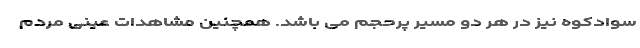
سوادکوه نیز در هر دو مسیر پرحجم می باشد. همچنین مشاهدات عینی مردم